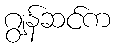
ဂျွန်ဆင်က